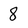
Character: 8